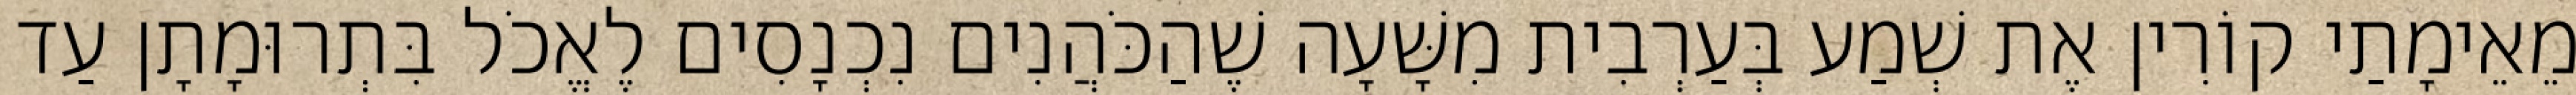
מֵאֵימָתַי קוֹרִין אֶת שְׁמַע בְּעַרְבִית מִשָּׁעָה שֶׁהַכֹּהֲנִים נִכְנָסִים לֶאֱכֹל בִּתְרוּמָתָן עַד